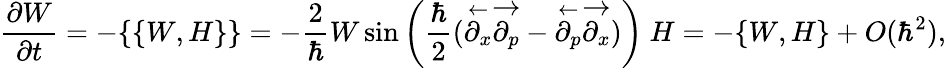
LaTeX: {\frac{\partial W}{\partial t}}=-\{ \{ W,H\} \} =-{\frac{2}{\hbar}}W\sin\left({{\frac{\hbar}{2}}({\overset{\leftarrow}{\partial_{x}}}{\overset{\rightarrow}{\partial_{p}}}-{\overset{\leftarrow}{\partial_{p}}}{\overset{\rightarrow}{\partial_{x}}})}\right)\ H=-\{ W,H\} +O(\hbar^{2}),